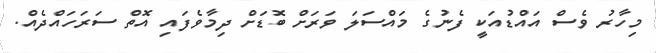
މިހާރު ވެސް އައްޑުއަކީ ފެނުގެ މައްސަލަ ވަރަށް ބޮޑަށް ދިމާވެފައި އޮތް ސަރަހައްދެއް.